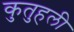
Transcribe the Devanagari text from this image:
कुतुहली